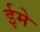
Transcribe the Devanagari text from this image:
ईमे